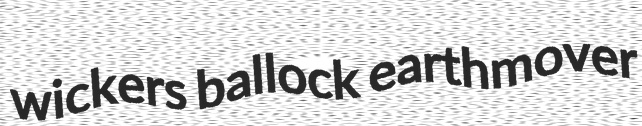
wickers ballock earthmover